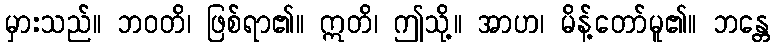
မှားသည်။ ဘဝတိ၊ ဖြစ်ရာ၏။ ဣတိ၊ ဤသို့။ အာဟ၊ မိန့်တော်မူ၏။ ဘန္တေ